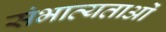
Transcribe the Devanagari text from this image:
संभाव्यताओं